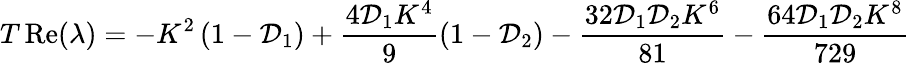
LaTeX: T\operatorname{Re}(\lambda)=-K^{2}\left(1-\mathcal{D}_{1}\right)+\frac{4\mathcal{D}_{1}K^{4}}{9}\left(1-\mathcal{D}_{2}\right)-\frac{32\mathcal{D}_{1}\mathcal{D}_{2}K^{6}}{81}-\frac{64\mathcal{D}_{1}\mathcal{D}_{2}K^{8}}{729}